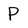
Character: P